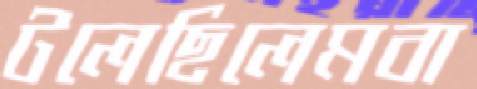
টলেছিলেমবা